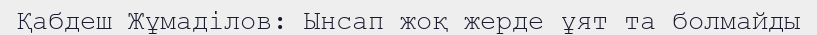
Қабдеш Жұмадiлов: Ынсап жоқ жерде ұят та болмайды